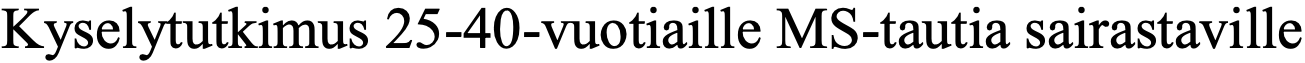
Kyselytutkimus 25-40-vuotiaille MS-tautia sairastaville